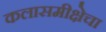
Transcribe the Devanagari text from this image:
कलासमीक्षेचा